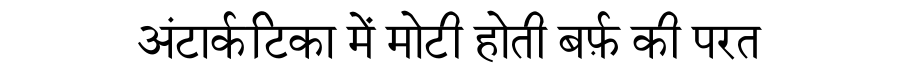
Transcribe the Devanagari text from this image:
अंटार्कटिका में मोटी होती बर्फ़ की परत